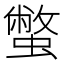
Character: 蟞